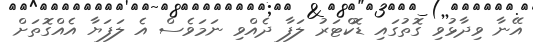
އޭނާ ވިދާޅުވި ގޮތުގައި ޑޮކްޓަރު ލަފާ ދެއްވި ނަމަވެސް އެ ލަފަޔާ އެއްގޮތަށް